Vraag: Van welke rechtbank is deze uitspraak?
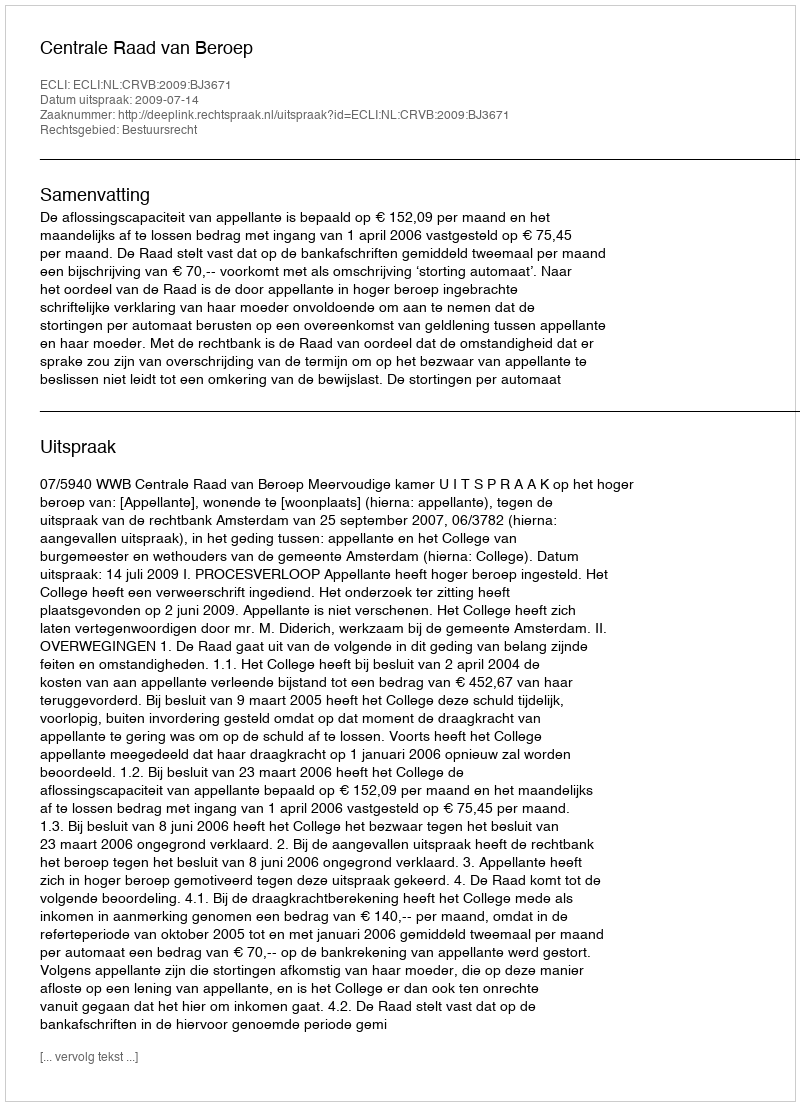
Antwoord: Centrale Raad van Beroep